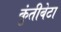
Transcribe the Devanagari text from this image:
कुंतीबेटा